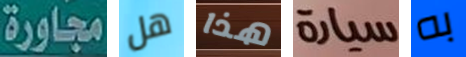
مجاورة هل هذا سيارة به